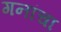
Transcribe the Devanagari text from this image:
गनांचा